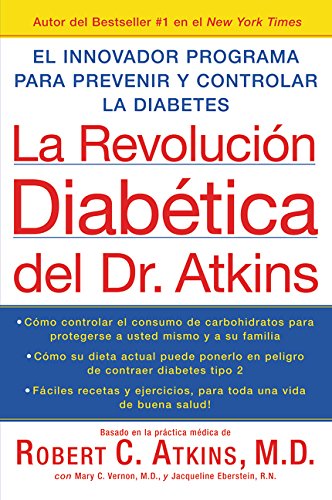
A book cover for La Revolucion Diabetica del Dr. Atkins: El Innovador Programa para Prevenir y Controlar la Diabetes (Spanish Edition); Robert C., M.D. Atkins; Health, Fitness & Dieting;